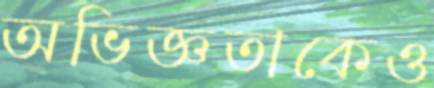
অভিজ্ঞতাকেও